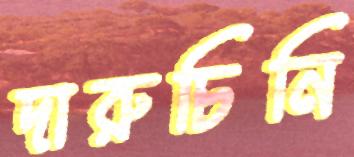
দারুচিনি